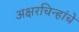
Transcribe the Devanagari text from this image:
अक्षरचिन्हांचे